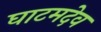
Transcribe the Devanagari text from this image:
घाटमदेव